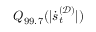
\boldsymbol { Q } _ { 9 9 . 7 } ( | \dot { \boldsymbol { s } } _ { t } ^ { ( \mathcal { D } ) } | )